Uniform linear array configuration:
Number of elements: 48
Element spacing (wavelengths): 1
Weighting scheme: hamming
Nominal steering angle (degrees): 15
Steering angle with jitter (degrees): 16.777
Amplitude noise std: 0.05
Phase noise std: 0.05

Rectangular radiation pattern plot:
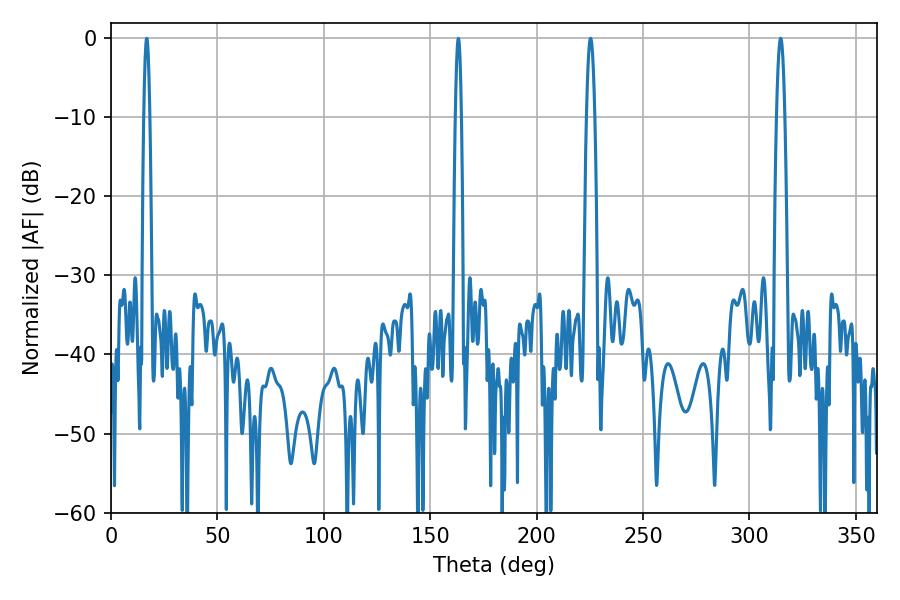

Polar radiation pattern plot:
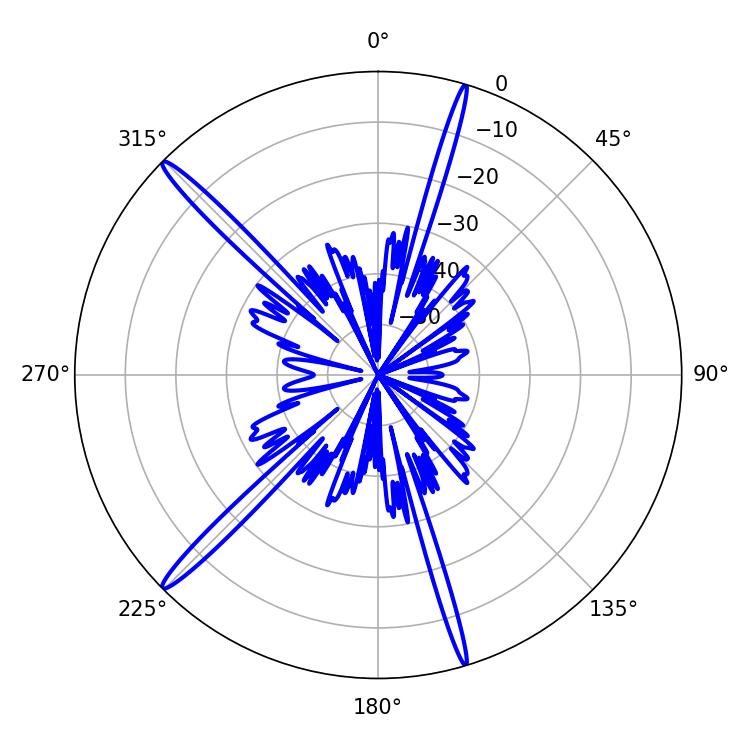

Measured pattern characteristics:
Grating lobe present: TRUE
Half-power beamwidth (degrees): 2.16
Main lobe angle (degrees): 225.36